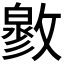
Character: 𢿬